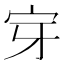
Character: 𭓟